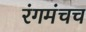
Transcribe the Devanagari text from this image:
रंगमंचच